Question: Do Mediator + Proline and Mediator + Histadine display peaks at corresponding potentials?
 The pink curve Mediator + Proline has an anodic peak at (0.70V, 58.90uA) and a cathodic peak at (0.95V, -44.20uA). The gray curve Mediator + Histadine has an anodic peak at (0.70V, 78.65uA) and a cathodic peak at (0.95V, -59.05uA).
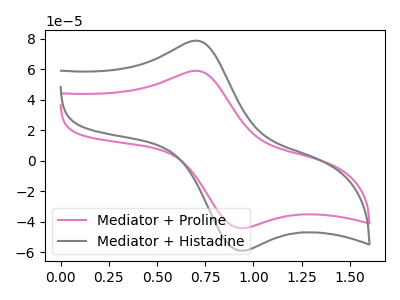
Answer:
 <answer>Yes, "Mediator + Proline" have a peak in "Mediator + Histadine" at the same potential.</answer>
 <eval>match</eval>